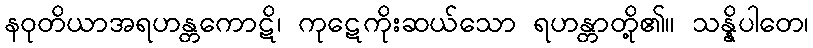
နဝုတိယာအရဟန္တကောဋိ၊ ကုဋေကိုးဆယ်သော ရဟန္တာတို့၏။ သန္နိပါတေ၊